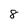
Character: 8